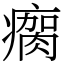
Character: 瘸